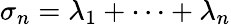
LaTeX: \sigma_{n}=\lambda_{1}+\cdots+\lambda_{n}